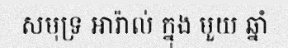
សមុទ្រ អារ៉ាល់ ក្នុង មួយ ឆ្នាំ